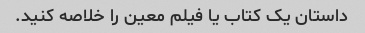
داستان یک کتاب یا فیلم معین را خلاصه کنید.